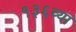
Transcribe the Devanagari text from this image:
१३६व्या